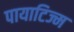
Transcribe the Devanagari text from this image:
पायाटिज्म